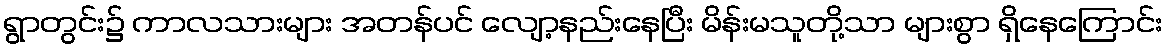
ရွာတွင်း၌ ကာလသားများ အတန်ပင် လျော့နည်းနေပြီး မိန်းမသူတို့သာ များစွာ ရှိနေကြောင်း